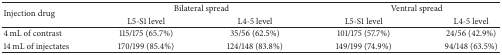
<table><thead><tr><td rowspan="2"><b>Injection drug</b></td><td colspan="2"><b>Bilateral spread</b></td><td colspan="2"><b>Ventral spread</b></td></tr><tr><td><b>L5-S1 level</b></td><td><b>L4-5 level</b></td><td><b>L5-S1 level</b></td><td><b>L4-5 level</b></td></tr></thead><tbody><tr><td>4 mL of contrast</td><td>115/175 (65.7%)</td><td>35/56 (62.5%)</td><td>101/175 (57.7%)</td><td>24/56 (42.9%)</td></tr><tr><td>14 mL of injectates</td><td>170/199 (85.4%)</td><td>124/148 (83.8%)</td><td>149/199 (74.9%)</td><td>94/148 (63.5%)</td></tr></tbody></table>